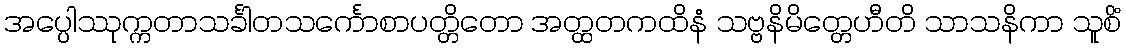
အပ္ပေါဿုက္ကတာသင်္ခါတသင်္ကောစာပတ္တိတော အတ္ထတကထိနံ သဗ္ဗနိမိတ္တေဟီတိ သာသနိကာ သူစိံ